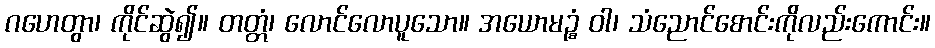
ဂဟေတွာ၊ ကိုင်ဆွဲ၍။ တတ္တံ၊ လောင်လောပူသော။ အယောမဉ္စံ ဝါ၊ သံညောင်စောင်းကိုလည်းကောင်း။